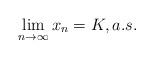
LaTeX: \begin{align*}\lim_{n \to \infty} x_n = K,a.s.\end{align*}